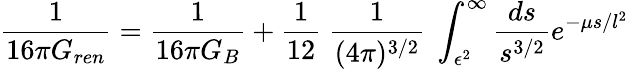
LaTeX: {\frac{1}{16\pi G_{ren}}}={\frac{1}{16\pi G_{B}}}+{\frac{1}{12}}~{\frac{1}{(4\pi)^{3/2}}}~\int_{\epsilon^{2}}^{\infty}{\frac{ds}{s^{3/2}}}e^{-\mu s/l^{2}}